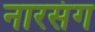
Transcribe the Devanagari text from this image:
नारसंग